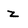
Character: z